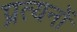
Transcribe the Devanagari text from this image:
प्रत्यनों